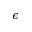
\epsilon